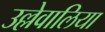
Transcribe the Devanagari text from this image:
उल्लेवालिया